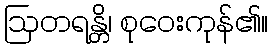
ဩတရန္တိ၊ စုဝေးကုန်၏။